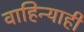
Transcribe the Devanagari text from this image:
वाहिन्याही